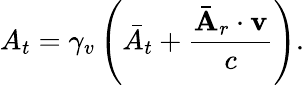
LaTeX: A_{t}=\gamma_{v}\left(\bar{A}_{t}+\frac{\bar{\mathbf{A}}_{r}\cdot\mathbf{v}}{c}\right).